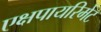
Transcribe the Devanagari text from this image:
एक्षपायरिमेंट